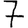
Digit: 7